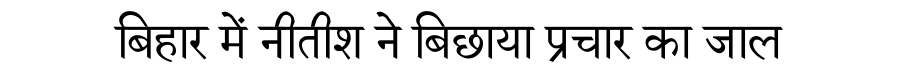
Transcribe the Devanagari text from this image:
बिहार में नीतीश ने बिछाया प्रचार का जाल